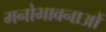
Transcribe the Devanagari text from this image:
मनोभावनाआें